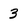
Character: 3